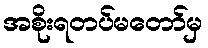
အစိုးရတပ်မတော်မှ